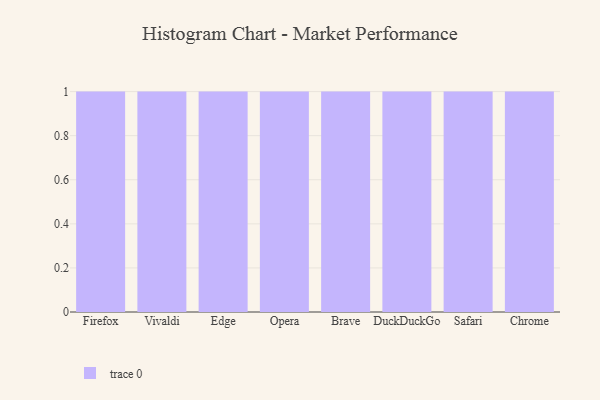
{"axis": {"x": "Browser", "y": "Humidity (%)"}, "legend": [""], "data": [{"x": "Firefox", "y": 45, "type": ""}, {"x": "Vivaldi", "y": 49, "type": ""}, {"x": "Edge", "y": 94, "type": ""}, {"x": "Opera", "y": 55, "type": ""}, {"x": "Brave", "y": 67, "type": ""}, {"x": "DuckDuckGo", "y": 88, "type": ""}, {"x": "Safari", "y": 17, "type": ""}, {"x": "Chrome", "y": 38, "type": ""}]}